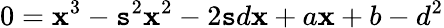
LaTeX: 0=\mathbf{x}^{3}-\mathtt{s}^{2}\mathbf{x}^{2}-2\mathtt{s}d\mathbf{x}+a\mathbf{x}+b-d^{2}